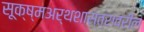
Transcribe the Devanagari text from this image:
सूक्ष्मअर्थशास्त्रावरील